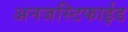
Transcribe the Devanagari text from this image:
अनजस्टिफाईड